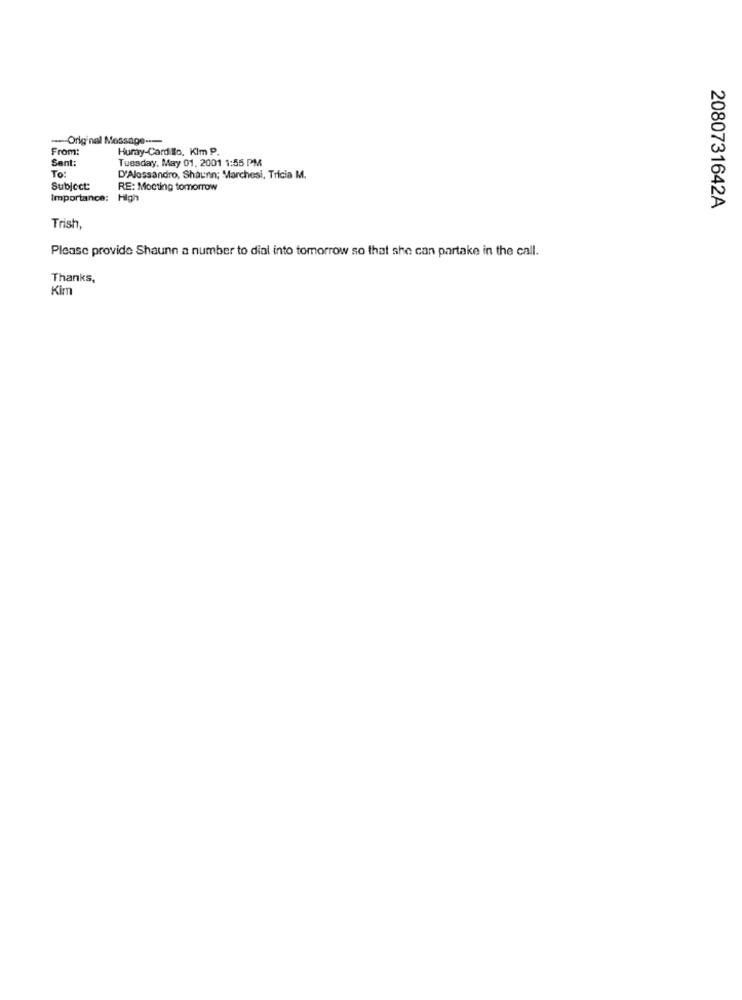
-- Original Message ---
From:
Huray-Card Io, Klm P.
Sant:
Tuesday, May 01, 2001 1:55 PM
To
D'Alessandro, Shaunn; Marchesi, Tricia M.
Subject:
RE: Mocting tomorrow
Importance:
High
2080731642A
Trish,
Please provide Shaunn a number to dial into tomorrow so that she can partake in the call.
Thanks,
Kim